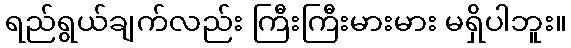
ရည်ရွယ်ချက်လည်း ကြီးကြီးမားမား မရှိပါဘူး။